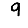
Digit: 9